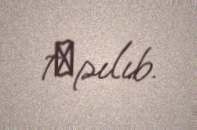
tаpılıb.